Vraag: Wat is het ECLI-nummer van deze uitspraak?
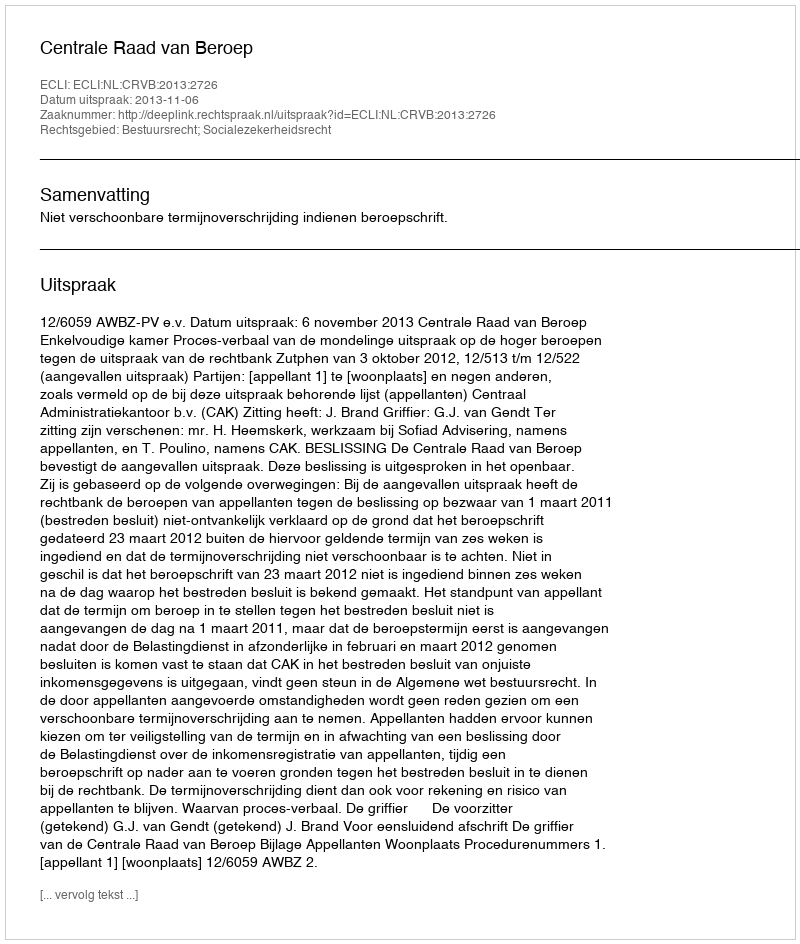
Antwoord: ECLI:NL:CRVB:2013:2726